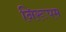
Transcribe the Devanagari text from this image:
निरूपम